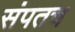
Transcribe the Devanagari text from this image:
संपतच